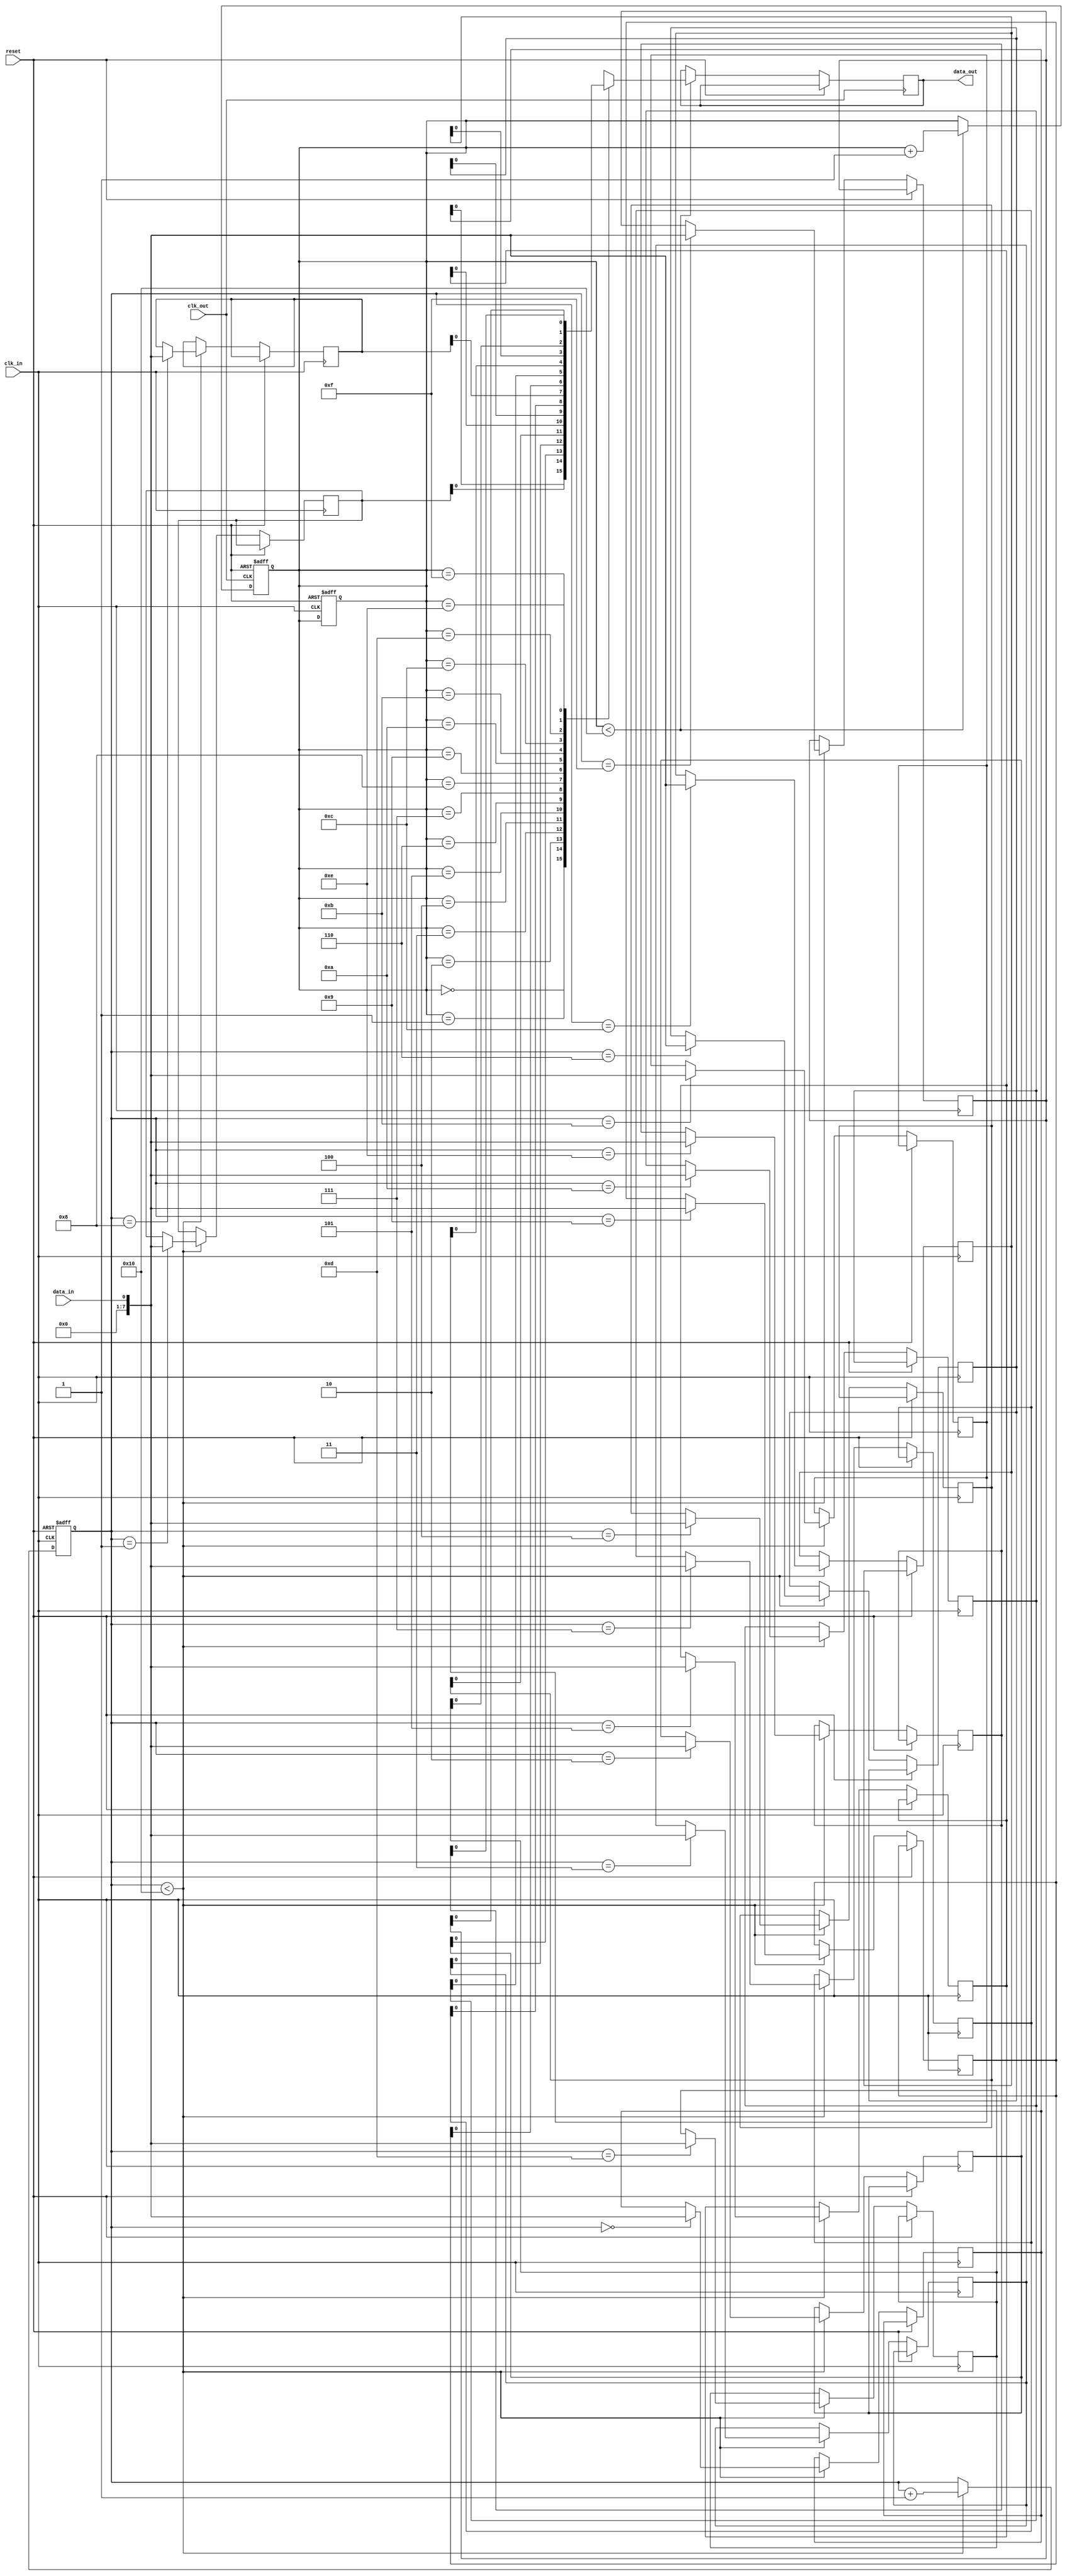
module synchronous_fifo (
    input wire clk_in,            // Input clock for source domain
    input wire clk_out,           // Input clock for destination domain
    input wire reset,             // Reset signal
    input wire data_in,           // Input data signal
    output wire data_out          // Output data signal
);

reg [7:0] buffer [15:0];         // FIFO buffer with 16 entries
reg [3:0] write_pointer;         // Write pointer for buffer
reg [3:0] read_pointer;          // Read pointer for buffer

// Timing control block
always @(posedge clk_in, posedge reset) begin
    if (reset) begin
        write_pointer <= 4'b0000;
        read_pointer <= 4'b0000;
    end else begin
        if (write_pointer < 16) begin
            buffer[write_pointer] <= data_in;
            write_pointer <= write_pointer + 1;
        end
    end
end

// Synchronization logic
always @(posedge clk_out, posedge reset) begin
    if (reset) begin
        read_pointer <= 4'b0000;
    end else begin
        if (read_pointer < 16) begin
            data_out <= buffer[read_pointer];
            read_pointer <= read_pointer + 1;
        end
    end
end

endmodule